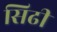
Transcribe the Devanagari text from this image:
सिढी